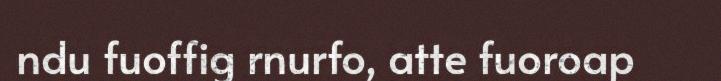
ndu fuoffig rnurfo, atte fuoroap